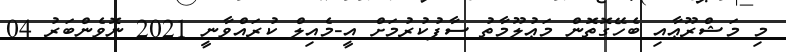
މި މަޝްރޫޢާއި ބެހޭގޮތޮން މަޢުލޫމާތު ސާފުކުރުމަށް އީ-މެއިލް ކުރައްވާނީ 2021 ނޮވެންބަރު 04